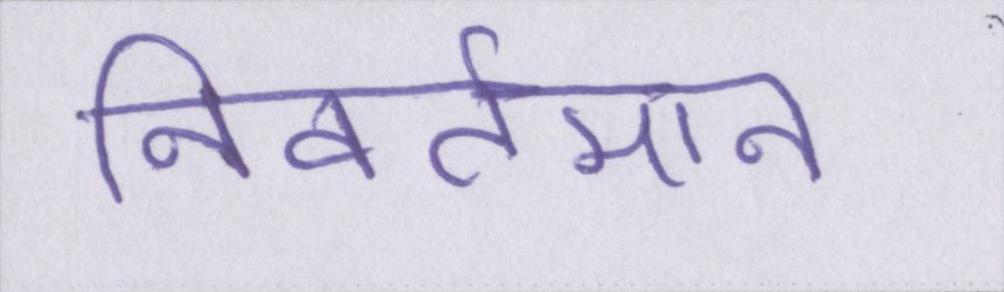
निवर्तमान